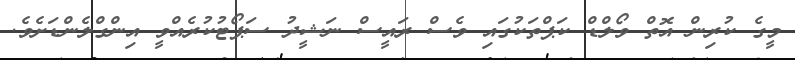
މީގެ ކުރިން އޮތް ވޯލްޑް ކަޕްތަކުގައި ވެސް ރައީސް ނަޝީދު ސަޕޯޓުކުރެއްވީ އިންގްލެންޑަށެވެ.